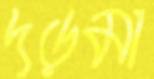
দড়মা